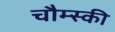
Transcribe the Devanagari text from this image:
चौम्स्की